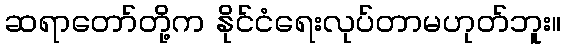
ဆရာတော်တို့က နိုင်ငံရေးလုပ်တာမဟုတ်ဘူး။